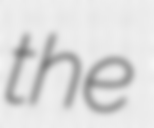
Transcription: the